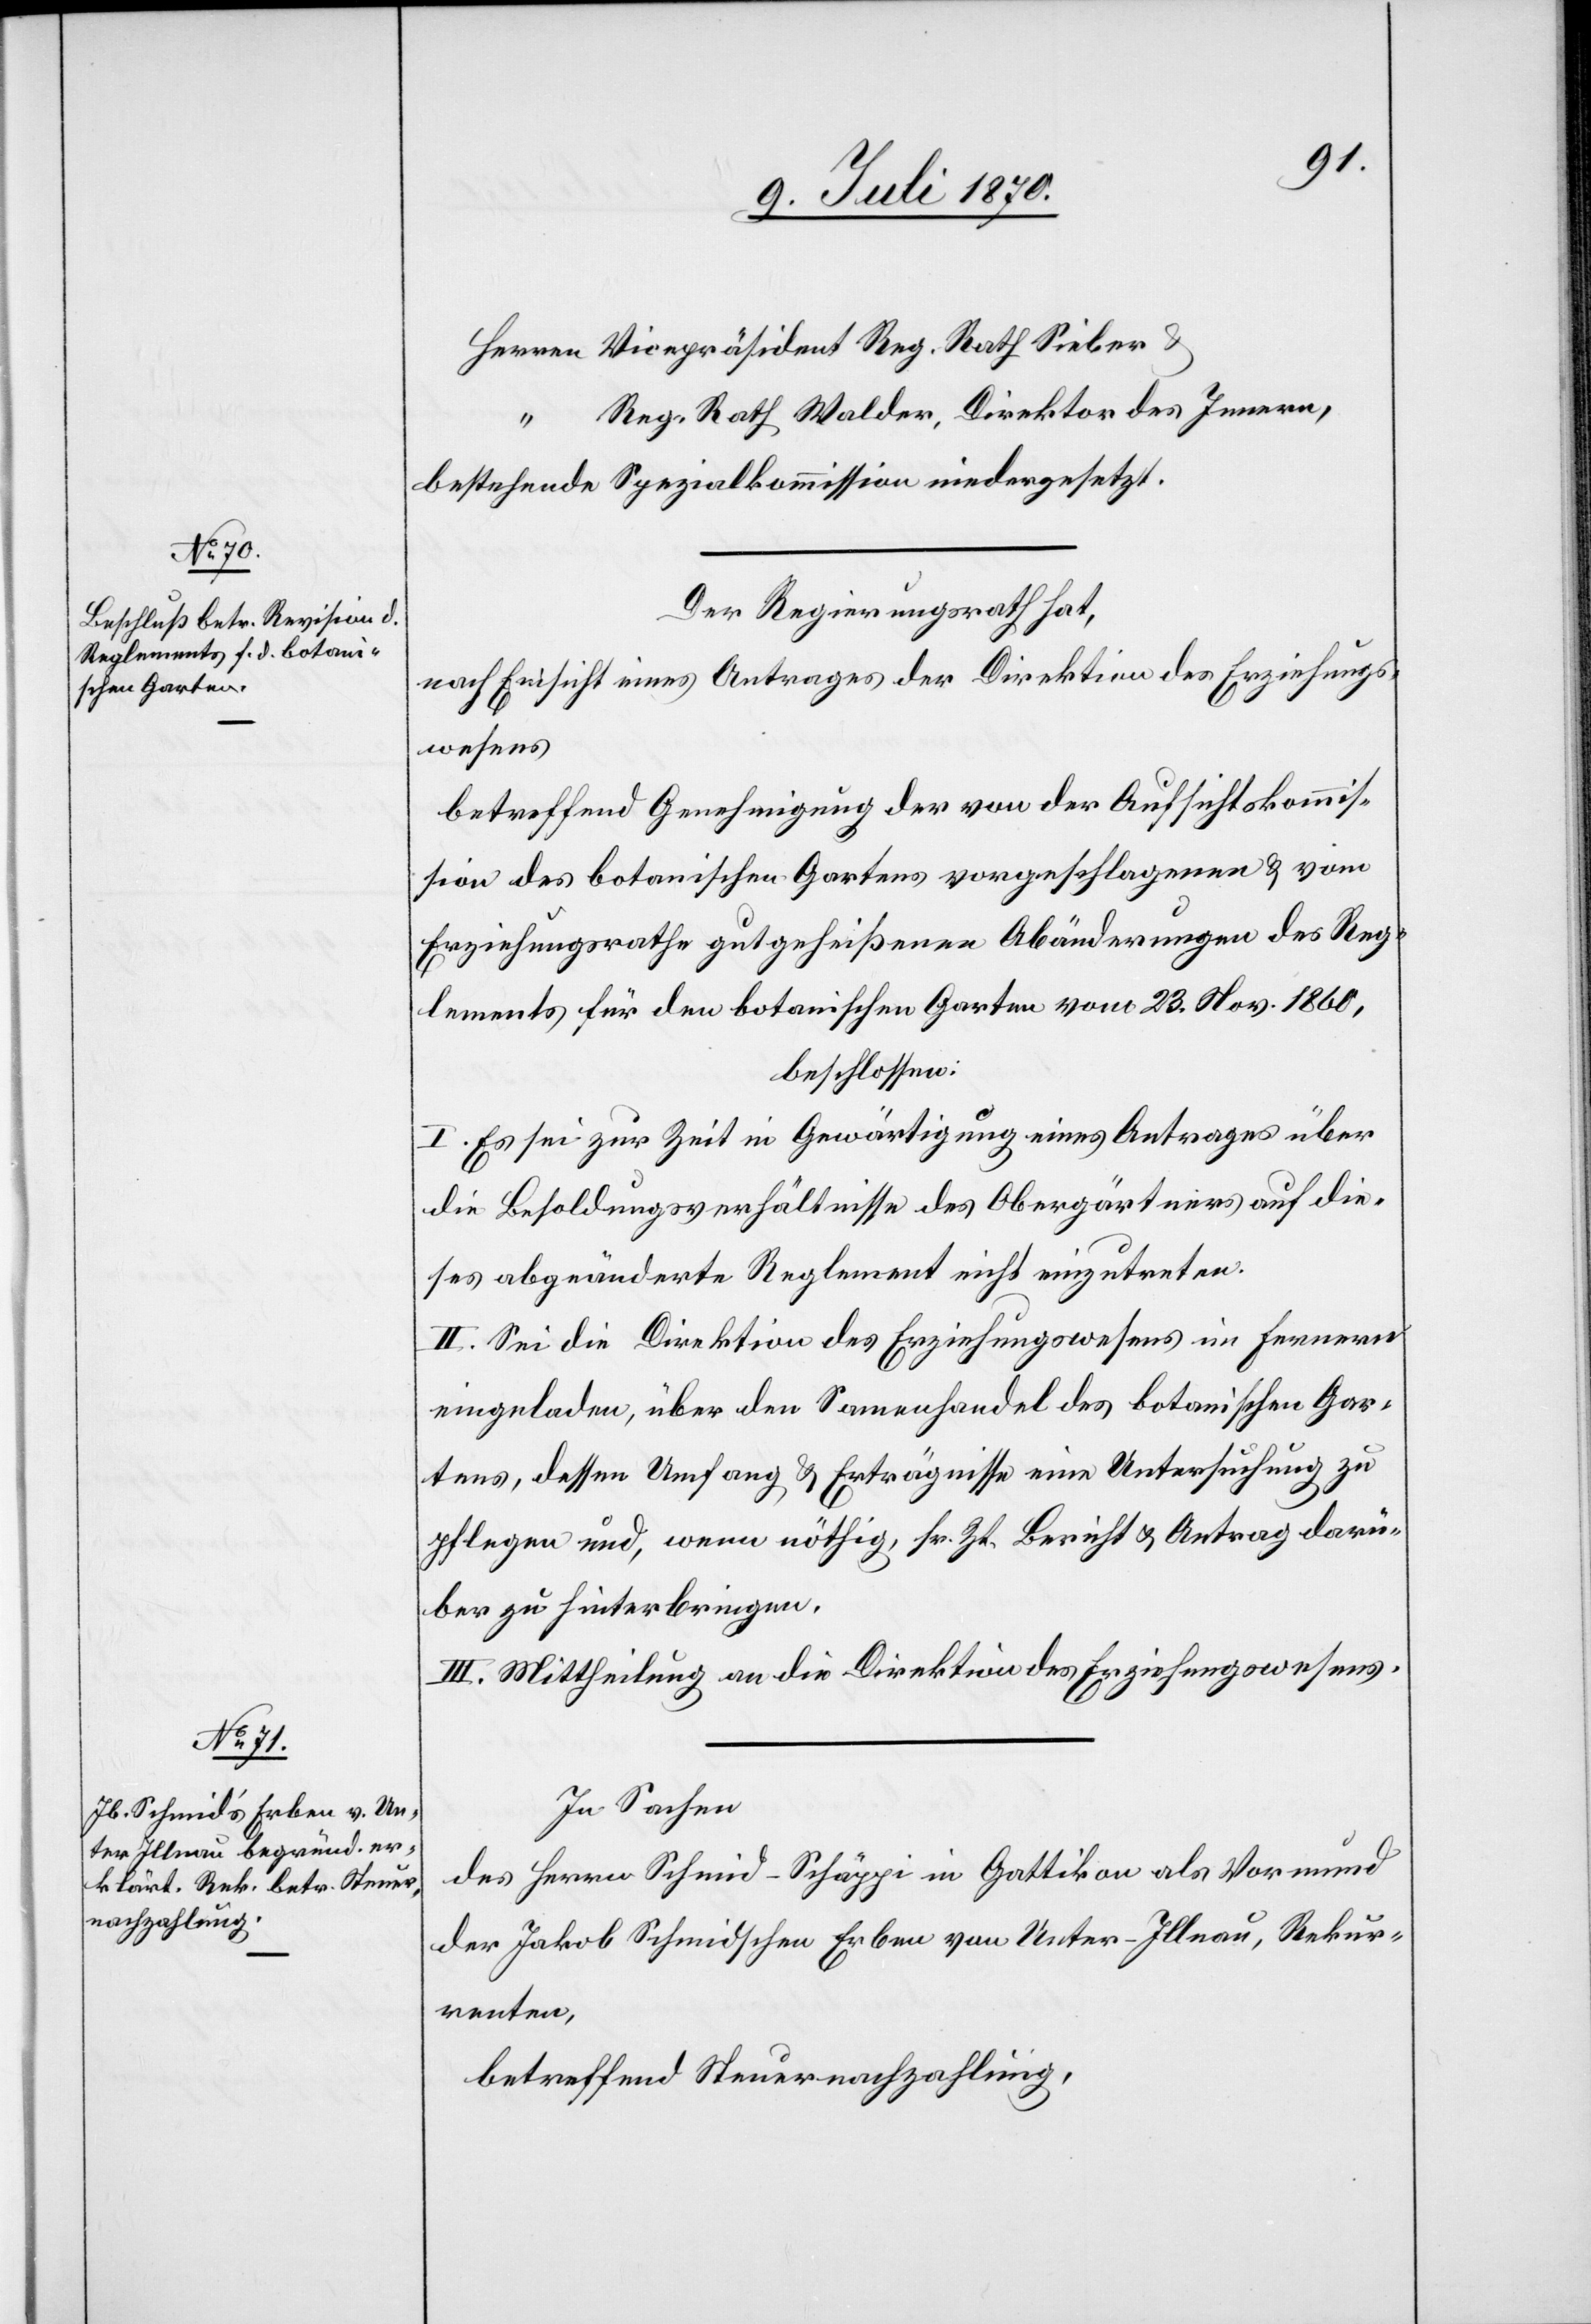
Herren Vizepräsident Reg. Rath. Sieber
Reg. Rath. Walder, Direktor des Innern,
bestehende Spezialkommission niedergesetzt.
Der Regierungsrath hat,
nach Einsicht eines Antrages der Direktion des Erziehungs¬
wesens
betreffend Genehmigung der von der Aufsichtskommis¬
sion des botanischen Gartens vorgeschlagenen & vom
Erziehungsrathe gutgeheißenen Abänderungen des Reg¬
lements für den botanischen Garten vom 23. Mai 1860,
beschlossen:
I. Es sei zur Zeit in Gewärtigung eines Antrages über
die Besoldungsverhältnisse des Obergärtners auf die¬
ses abgeänderte Reglement nicht einzutreten.
II. Sei die Direktion des Erziehungswesens im Fernern
eingeladen, über den Samenhandel des botanischen Gar¬
tens, dessen Umfang & Erträgnisse eine Untersuchung zu
pflegen und, wenn nöthig, sr. Zt. Bericht & Antrag darü¬
ber zu hinterbringen.
III. Mittheilung an die Direktion des Erziehungswesens.
In Sachen
des Herrn Schmid-Schäppi in Gattikon als Vormund
der Jakob Schmidschen Erben von Unter-Illnau, Rekur¬
renten,
betreffend Steuernachzahlung,